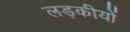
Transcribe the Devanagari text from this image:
लड़कीयों